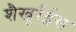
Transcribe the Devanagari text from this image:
शैखुर्रईस